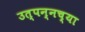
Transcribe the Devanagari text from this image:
उत्पन्नच्या